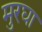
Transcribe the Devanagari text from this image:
मुरघा